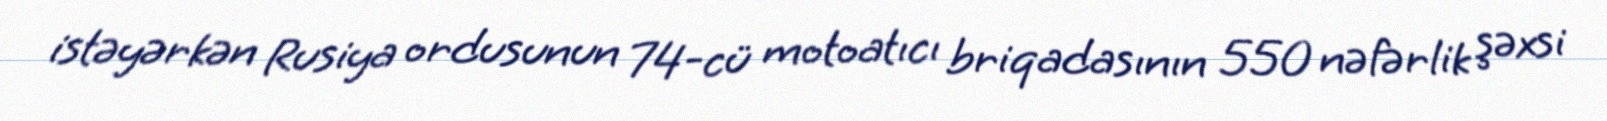
istəyərkən Rusiya ordusunun 74-cü motoatıcı briqadasının 550 nəfərlik şəxsi